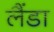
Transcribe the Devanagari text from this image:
लैंडा